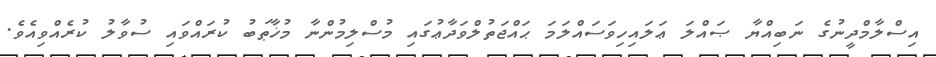
އިސްލާމްދީނުގެ ނަބިއްޔާ ޞައްލަ ޢަލައިހިވަސައްލަމަ ޙައްޖަތުލްވަދާޢުގައި މުސްލިމުންނާ މުޚާޠަބު ކުރައްވައި ސުވާލު ކުރެއްވިއެވެ.